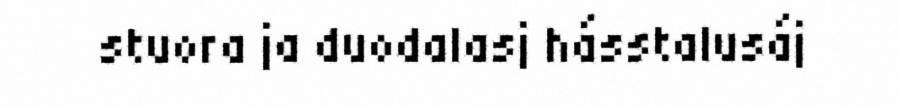
stuora ja duodalasj hásstalusáj